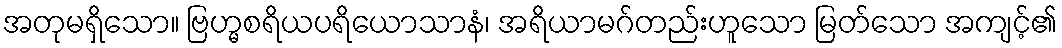
အတုမရှိသော။ ဗြဟ္မစရိယပရိယောသာနံ၊ အရိယာမဂ်တည်းဟူသော မြတ်သော အကျင့်၏